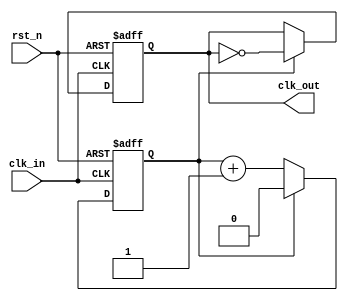
module ClockDivider #(
    parameter N = 2  // Default division factor
)(
    input wire clk_in,       // Input clock signal
    input wire rst_n,        // Active-low asynchronous reset
    output reg clk_out       // Output clock signal
);

reg [$clog2(N)-1:0] counter; // Counter to keep track of clock cycles

always @(posedge clk_in or negedge rst_n) begin
    if (!rst_n) begin
        counter <= 0;         // Reset counter
        clk_out <= 0;         // Reset output clock
    end else begin
        if (counter == (N-1)) begin
            clk_out <= ~clk_out;  // Toggle output clock
            counter <= 0;          // Reset counter
        end else begin
            counter <= counter + 1; // Increment counter
        end
    end
end

endmodule